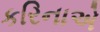
કરિનાએ